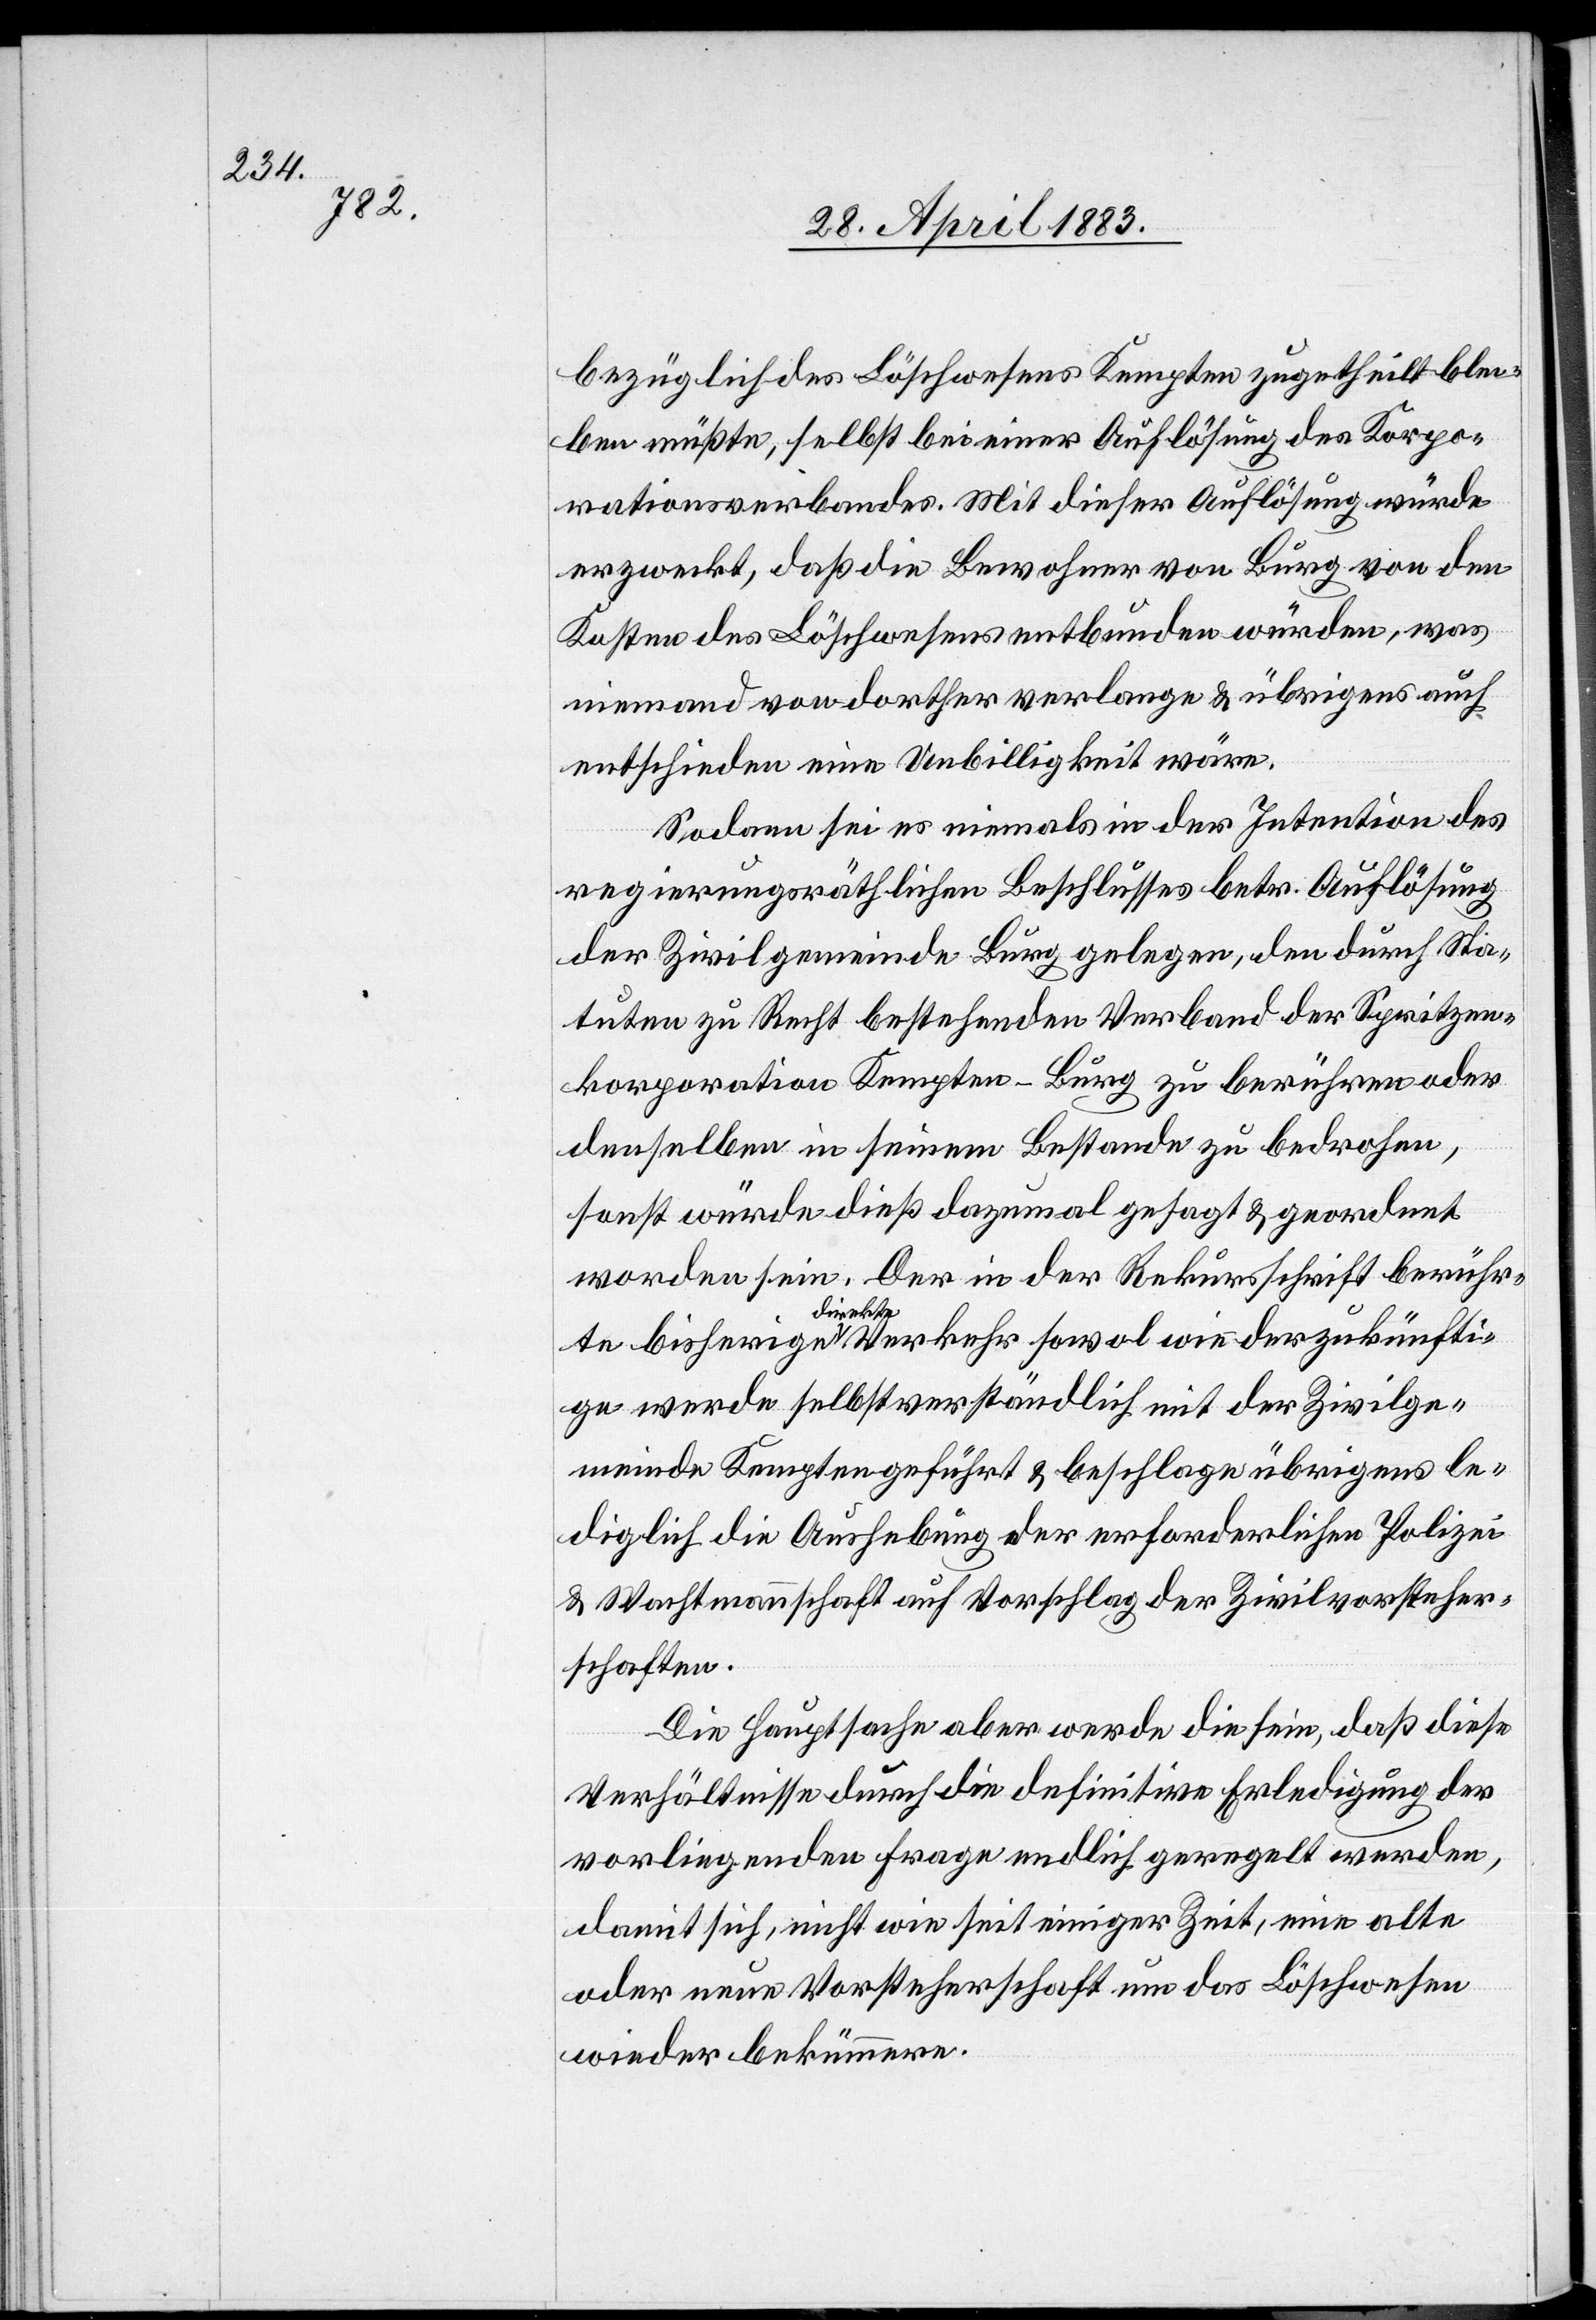
bezüglich des Löschwesens Kempten zugetheilt blei¬
ben müßte, selbst bei einer Auflösung des Korpo¬
rationsverbandes. Mit dieser Auflösung würde
erzweckt, daß die Bewohner von Burg von den
Kosten des Löschwesens entbunden würden, was
niemand von dorther verlange & übrigens auch
entschieden eine Unbilligkeit wäre.
Sodann sei es niemals in der Intention des
regierungsräthlichen Beschlusses betr. Auflösung
der Zivilgemeinde Burg gelegen, den durch Sta¬
tuten zu Recht bestehenden Verband der Spritzen¬
korporation Kempten-Burg zu berühren oder
denselben in seinem Bestande zu bedrohen,
sonst würde dieß dazumal gesagt & geordnet
worden sein. Der in der Rekursschrift berühr¬
te bisherige direkte Verkehr sowol wie der zukünfti¬
ge werde selbstverständlich mit der Zivilge¬
meinde Kempten geführt & beschlagen übrigens le¬
diglich die Aushebung der erforderlichen Polizei
& Wachtmannschaft auf Vorschlag der Zivilvorsteher¬
schaften.
Die Hauptsache aber werde die sein, daß diese
Verhältnisse durch die definitive Erledigung der
vorliegenden Frage endlich geregelt werden,
damit sich, nicht wie seit einiger Zeit, eine alte
oder neue Vorsteherschaft um das Löschwesen
wieder bekümmern.